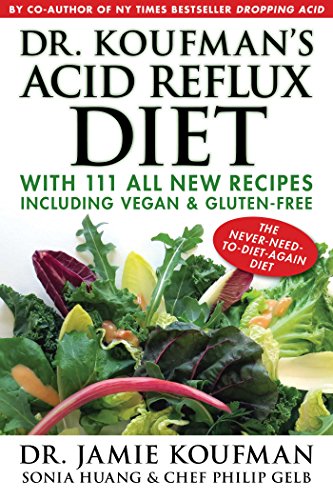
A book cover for Dr. Koufman's Acid Reflux Diet: With 111 All New Recipes Including Vegan & Gluten-FreeThe Never-need-to-diet-again Diet; Dr. Jamie Koufman; Cookbooks, Food & Wine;